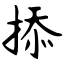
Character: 掭